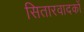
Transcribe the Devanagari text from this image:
सितारवादकों